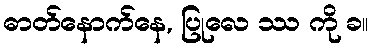
ဓာတ်နောက်နေ, ပြုလေ ဿ ကို ခ။